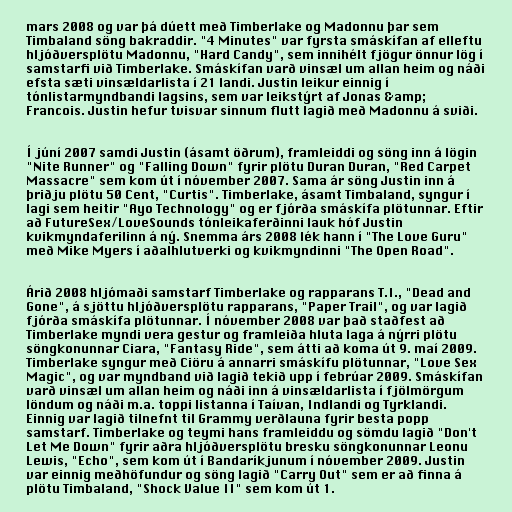
mars 2008 og var þá dúett með Timberlake og Madonnu þar sem
Timbaland söng bakraddir. "4 Minutes" var fyrsta smáskífan af elleftu
hljóðversplötu Madonnu, "Hard Candy", sem innihélt fjögur önnur lög í
samstarfi við Timberlake. Smáskífan varð vinsæl um allan heim og náði
efsta sæti vinsældarlista í 21 landi. Justin leikur einnig í
tónlistarmyndbandi lagsins, sem var leikstýrt af Jonas &amp;
Francois. Justin hefur tvisvar sinnum flutt lagið með Madonnu á sviði.

Í júní 2007 samdi Justin (ásamt öðrum), framleiddi og söng inn á lögin
"Nite Runner" og "Falling Down" fyrir plötu Duran Duran, "Red Carpet
Massacre" sem kom út í nóvember 2007. Sama ár söng Justin inn á
þriðju plötu 50 Cent, "Curtis". Timberlake, ásamt Timbaland, syngur í
lagi sem heitir "Ayo Technology" og er fjórða smáskífa plötunnar. Eftir
að FutureSex/LoveSounds tónleikaferðinni lauk hóf Justin
kvikmyndaferilinn á ný. Snemma árs 2008 lék hann í "The Love Guru"
með Mike Myers í aðalhlutverki og kvikmyndinni "The Open Road".

Árið 2008 hljómaði samstarf Timberlake og rapparans T.I., "Dead and
Gone", á sjöttu hljóðversplötu rapparans, "Paper Trail", og var lagið
fjórða smáskífa plötunnar. Í nóvember 2008 var það staðfest að
Timberlake myndi vera gestur og framleiða hluta laga á nýrri plötu
söngkonunnar Ciara, "Fantasy Ride", sem átti að koma út 9. maí 2009.
Timberlake syngur með Ciöru á annarri smáskífu plötunnar, "Love Sex
Magic", og var myndband við lagið tekið upp í febrúar 2009. Smáskífan
varð vinsæl um allan heim og náði inn á vinsældarlista í fjölmörgum
löndum og náði m.a. toppi listanna í Taívan, Indlandi og Tyrklandi.
Einnig var lagið tilnefnt til Grammy verðlauna fyrir besta popp
samstarf. Timberlake og teymi hans framleiddu og sömdu lagið "Don't
Let Me Down" fyrir aðra hljóðversplötu bresku söngkonunnar Leonu
Lewis, "Echo", sem kom út í Bandaríkjunum í nóvember 2009. Justin
var einnig meðhöfundur og söng lagið "Carry Out" sem er að finna á
plötu Timbaland, "Shock Value II" sem kom út 1.